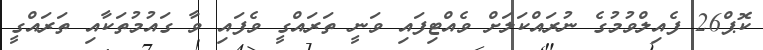
ކޮޕް26 ފެއިލްވުމުގެ ނުރައްކަލަށް ވެއްޓިފައި ވަނީ ތަރައްގީ ވެފައި ވާ ގައުމުތަކާއި ތަރައްގީ